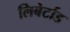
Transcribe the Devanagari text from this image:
लिबेर्टाड